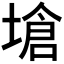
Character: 𪤇